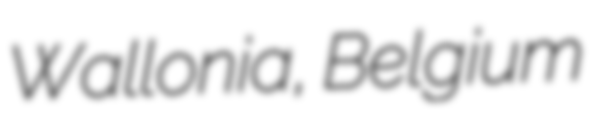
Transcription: Wallonia, Belgium